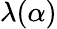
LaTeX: \lambda(\alpha)